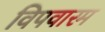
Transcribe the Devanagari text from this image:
विपवारम